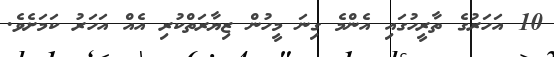
10 އަހަރުގެ ތާރީހުގައި އެންމެ ގިނަ މީހުން ޒިޔާރަތްކުރި އެއް އަހަރު ކަމަށެވެ.